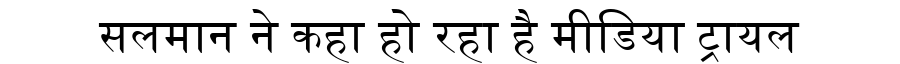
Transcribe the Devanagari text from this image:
सलमान ने कहा हो रहा है मीडिया ट्रायल